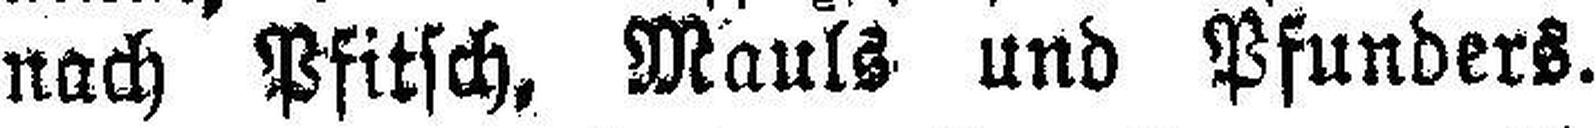
nach Pfitsch, Mauls und Pfunders.